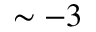
\sim - 3